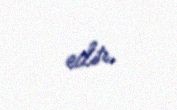
edir.